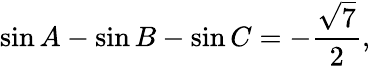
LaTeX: \sin A-\sin B-\sin C=-{\frac{\sqrt{7}}{2}},